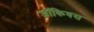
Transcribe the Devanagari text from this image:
जॉकियस